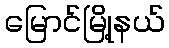
မြောင်မြို့နယ်